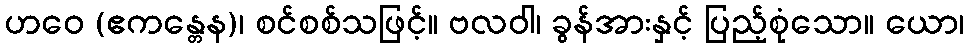
ဟဝေ (ဧကန္တေန)၊ စင်စစ်သဖြင့်။ ဗလဝါ၊ ခွန်အားနှင့် ပြည့်စုံသော။ ယော၊